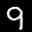
Label: 9